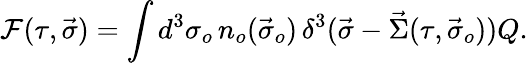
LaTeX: {\cal F}(\tau,\vec{\sigma})=\int d^{3}\sigma_{o}\, n_{o}(\vec{\sigma}_{o})\, \delta^{3}(\vec{\sigma}-\vec{\Sigma}(\tau,\vec{\sigma}_{o}))Q.